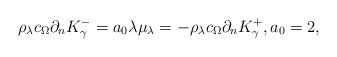
LaTeX: \begin{align*}\rho_\lambda c_\Omega \partial_n K^-_\gamma=a_0\lambda\mu_\lambda=-\rho_\lambda c_\Omega \partial_n K^+_\gamma, a_0=2,\end{align*}